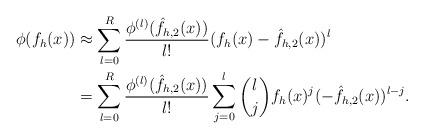
LaTeX: \begin{align*}\begin{aligned}\phi(f_h(x)) &\approx \sum_{l=0}^R \frac{\phi^{(l)}(\hat{f}_{h,2}(x))}{l!}(f_h(x)-\hat{f}_{h,2}(x))^l\\&=\sum_{l=0}^R\frac{\phi^{(l)}(\hat{f}_{h,2}(x))}{l!}\sum_{j=0}^l \binom{l}{j}f_h(x)^j(-\hat{f}_{h,2}(x))^{l-j} .\end{aligned}\end{align*}